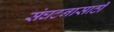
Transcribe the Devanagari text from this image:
संघटनासाठी